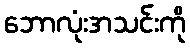
ဘောလုံးအသင်းကို